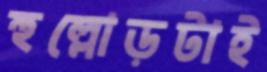
হুল্লোড়টাই